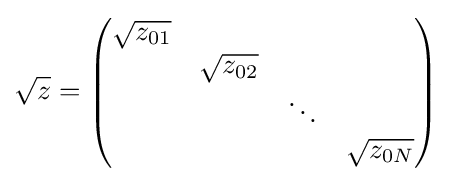
{\sqrt {z}}={\begin{pmatrix}{\sqrt {z_{01}}}&\\&{\sqrt {z_{02}}}\\&&\ddots \\&&&{\sqrt {z_{0N}}}\end{pmatrix}}